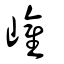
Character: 巏